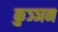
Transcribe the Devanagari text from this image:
कुञ्ञन